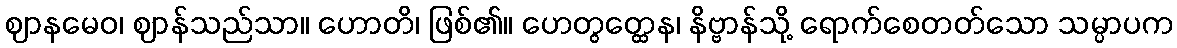
ဈာနမေဝ၊ ဈာန်သည်သာ။ ဟောတိ၊ ဖြစ်၏။ ဟေတွတ္ထေန၊ နိဗ္ဗာန်သို့ ရောက်စေတတ်သော သမ္ပာပက